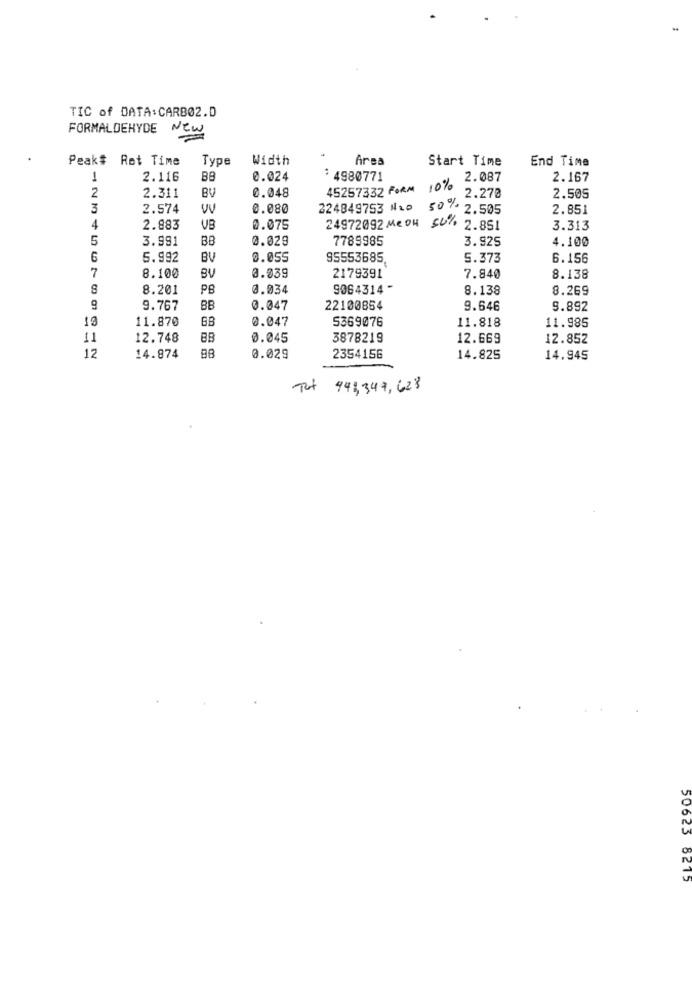
TIC of DATA: CARBOZ.D
FORMALDEHYDE New
Peak# Rot Time
Type
Width
Area
Start Time
End Time
2.116
BB
0.024
: 4980771
2.087
2.167
45257332 FORM
10%
2
2.311
BV
0.048
2.270
2.505
3
2.574
0.080
224849753 N2o
50% 2.505
2.851
4
2.883
VB
0.075
24972092 MeON SU% 2.851
3.313
5
3.991
BB
3.028
7789985
3.925
4.100
6
5.992
BV
0.055
95553685
5.373
6.156
BV
0.039
7
8.100
2179391
7.840
8.138
8
8.201
PB
0.034
9064314 -
8.138
8.269
9
9.767
BB
0.047
22100854
9.646
S.892
10
11.870
0.047
5369076
11.818
11.985
11
12.748
0.045
3878219
12.669
12.852
12
14.874
0.029
2354156
14.825
14.945
Tot 443,347, 628
50623 8215